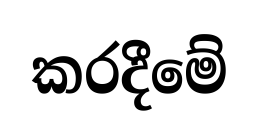
කරදීමේ